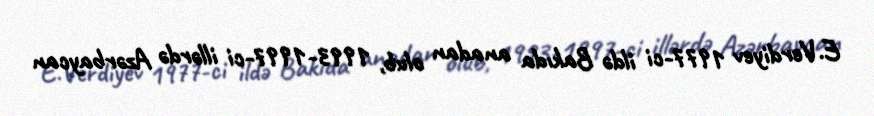
E.Verdiyev 1977-ci ildə Bakıda anadan olub, 1993-1997-ci illərdə Azərbaycan